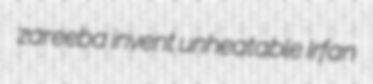
zareeba invent unheatable Irfan